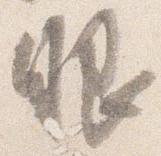
眼